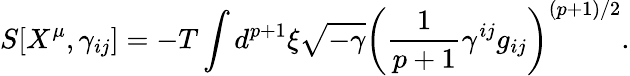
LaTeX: S[X^{\mu},\gamma_{ij}]=-T\int d^{p+1}\xi\sqrt{-\gamma}\left(\frac{1}{p+1}\gamma^{ij}g_{ij}\right)^{(p+1)/2}.